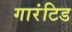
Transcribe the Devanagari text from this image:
गारंटिड